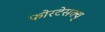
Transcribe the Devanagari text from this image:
फोरटेसक्यु